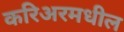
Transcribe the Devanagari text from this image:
करिअरमधील